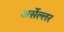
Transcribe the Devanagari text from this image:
अर्सेल्लर